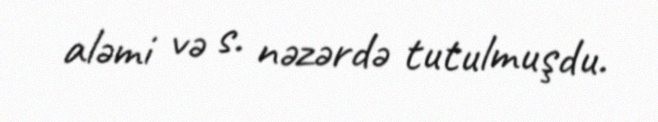
aləmi və s. nəzərdə tutulmuşdu.